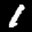
Label: 1